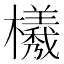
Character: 𭬮